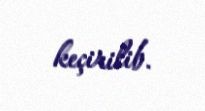
keçirilib.